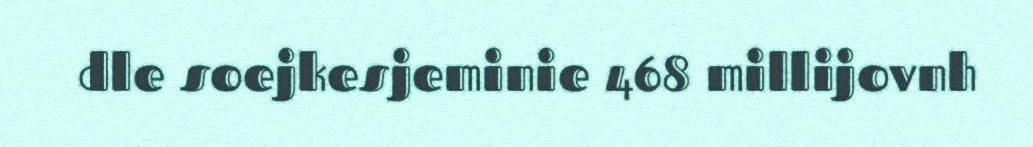
dle soejkesjeminie 468 millijovnh